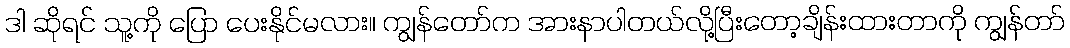
ဒါ ဆိုရင် သူ့ကို ပြော ပေးနိုင်မလား။ ကျွန်တော်က အားနာပါတယ်လို့ပြီးတော့ချိန်းထားတာကို ကျွန်တာ်